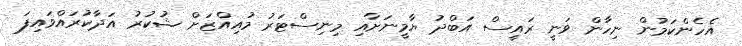
އެހެންކަމުން ނިހާން ވަނީ ރައީސް އަބްދު ޔާމީނަށާއި މިނިސްޓަރު މުއިއްޒަށް ޝުކުރު އަދާކުރައްވައިފަ